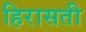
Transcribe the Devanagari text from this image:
हिरासती